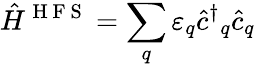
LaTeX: {\hat{H}}^{\mathrm{~H~F~S~}}=\sum_{q}{\varepsilon}_{q}{\hat{c}^{\dagger}}_{q}{\hat{c}}_{q}